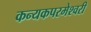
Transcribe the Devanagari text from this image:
कन्‍यकपरमेश्‍वरी